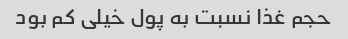
حجم غذا نسبت به پول خیلی کم بود